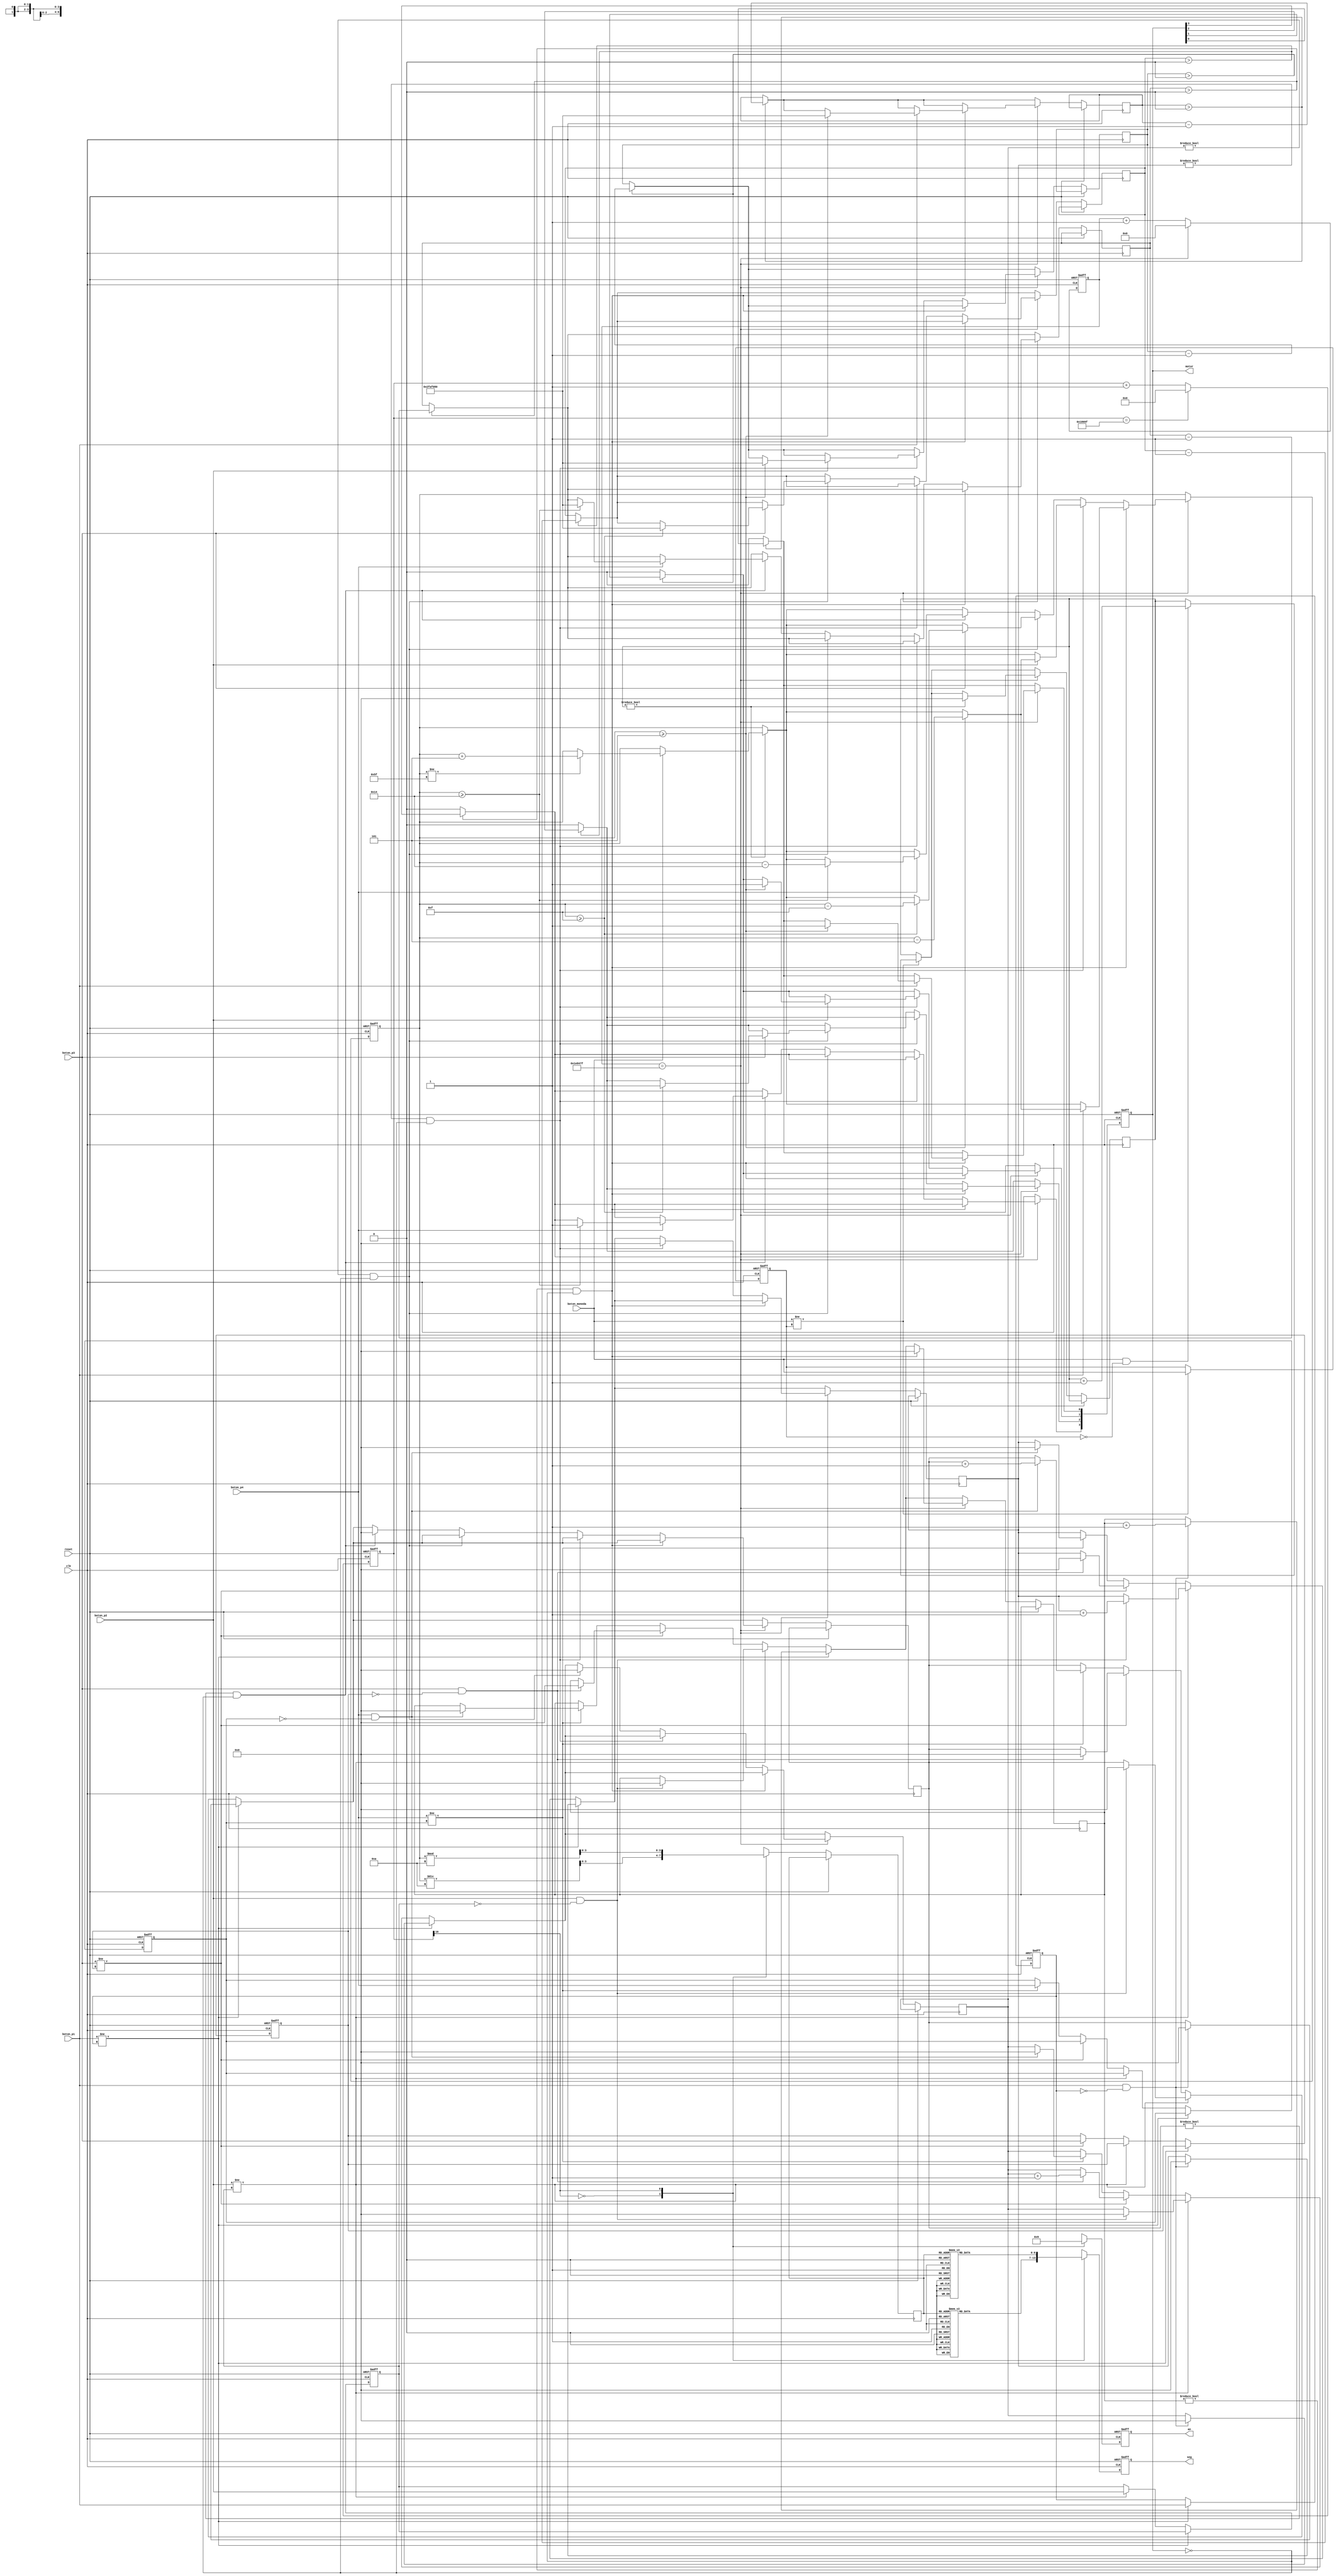
module VendingAlle (
    input wire clk,            // Reloj de entrada (50 MHz)
    input wire reset,			// Seal de reset
    input wire boton_moneda,
	 input wire boton_p1,		
	 input wire boton_p2,
	 input wire boton_p3,
	 input wire boton_p4,
    output reg [6:0] seg,      // Salida para segmentos de los displays
    output reg [1:0] an,        // Seal de anodos para seleccionar el display
	 output reg [3:0] motor
);

reg [25:0] clk_divider;       // Contador para dividir el reloj para segundos
reg [16:0] multiplex_div;     // Contador para multiplexar los displays (ajustado para 500 Hz)
reg [6:0] contador;
reg [7:0] prueba;
reg [7:0] prueba1;
reg [7:0] prueba2;
reg [7:0] prueba3;
reg [7:0] prueba4;
reg [3:0] digit;
reg boton_moneda_prev;               // Estado previo del botn
reg boton_prev_1; 
reg boton_prev_2; 
reg boton_prev_3; 
reg boton_prev_4;
reg [25:0] contador1; // tiempo de activacion del motor
reg [25:0] contador2;
reg [25:0] contador3;
reg [25:0] contador4;


// Contador principal y multiplexor
always @(posedge clk or posedge reset) begin
    if (reset) begin
        clk_divider <= 0;
        multiplex_div <= 0;
        contador <= 0;
        boton_moneda_prev <= 1'b0; // Inicializar el estado previo del botn
		  boton_prev_1 <= 1'b0; // Inicializar el estado previo del botn
		  boton_prev_2 <= 1'b0; // Inicializar el estado previo del botn
		  boton_prev_3 <= 1'b0; // Inicializar el estado previo del botn
		  boton_prev_4 <= 1'b0; // Inicializar el estado previo del botn
		  motor <=0;
    end else begin
        clk_divider <= clk_divider + 1;
        multiplex_div <= multiplex_div + 1;
		  //
		   
		  if (contador1 > 0) begin  // Contar hasta 50 millones para 1 segundo
								contador1 <= contador1 - 1;
							end else begin
								//contador1 <= 0;  // Reiniciar el contador despus de 1 segundo
								motor[0] <= 0;   // Establecer el pin de salida en 0
							end
							
							
			if (contador2 > 0) begin  // Contar hasta 50 millones para 1 segundo
								contador2 <= contador2 - 1;
							end else begin
								//contador1 <= 0;  // Reiniciar el contador despus de 1 segundo
								motor[1] <= 0;   // Establecer el pin de salida en 0
							end
							
			if (contador3 > 0) begin  // Contar hasta 50 millones para 1 segundo
								contador3 <= contador3 - 1;
							end else begin
								//contador1 <= 0;  // Reiniciar el contador despus de 1 segundo
								motor[2] <= 0;   // Establecer el pin de salida en 0
							end
							
			if (contador4 > 0) begin  // Contar hasta 50 millones para 1 segundo
					contador4 <= contador4 - 1;
				end else begin
					//contador1 <= 0;  // Reiniciar el contador despus de 1 segundo
					motor[3] <= 0;   // Establecer el pin de salida en 0
				end
		  //
        if(boton_moneda != boton_moneda_prev) begin
            // Deteccin de flanco ascendente o descendente
            if(boton_moneda && !boton_moneda_prev) begin
                // Flanco ascendente: el botn se ha presionado
                prueba <= prueba + 1;
            end
            boton_moneda_prev <= boton_moneda;
        end
		  
		   if(boton_p1 != boton_prev_1) begin
            // Deteccin de flanco ascendente o descendente
            if(boton_p1 && !boton_prev_1) begin
                // Flanco ascendente: el botn se ha presionado
                prueba1 <= prueba1 + 1;
					 prueba2 <= 0;
					 prueba3 <= 0;
					 prueba4 <= 0;
            end
            boton_prev_1 <= boton_p1;
        end else if(boton_p2 != boton_prev_2) begin
            // Deteccin de flanco ascendente o descendente
            if(boton_p2 && !boton_prev_2) begin
                // Flanco ascendente: el botn se ha presionado
                prueba2 <= prueba2 + 1;
					 prueba1 <= 0;
					 prueba3 <= 0;
					 prueba4 <= 0;
            end
            boton_prev_2 <= boton_p2;
        end else if(boton_p3 != boton_prev_3) begin
            // Deteccin de flanco ascendente o descendente
            if(boton_p3 && !boton_prev_3) begin
                // Flanco ascendente: el botn se ha presionado
                prueba3 <= prueba3 + 1;
					 prueba1 <= 0;
					 prueba2 <= 0;
					 prueba4 <= 0;
            end
            boton_prev_3 <= boton_p3;
        end else if(boton_p4 != boton_prev_4) begin
            // Deteccin de flanco ascendente o descendente
            if(boton_p4 && !boton_prev_4) begin
                // Flanco ascendente: el botn se ha presionado
                prueba4 <= prueba4 + 1;
					 prueba1 <= 0;
					 prueba2 <= 0;
					 prueba3 <= 0;
            end
            boton_prev_4 <= boton_p4;
        end
        
        if (clk_divider == 2000000 - 1) begin
            clk_divider <= 0;
            if (prueba != 0) begin // Cambio
                prueba <= 0;
                if (boton_moneda) begin // Asegura que el contador solo se incremente cuando el botn est presionado
					 
							if(contador !=95) begin 
                    contador <= contador + 5;
						  end
                end
            end
				
				if (prueba1 != 0 && motor==0) begin // Cambio
                prueba1 <= 0;
                if (boton_p1) begin // Asegura que el contador solo se incremente cuando el botn est presionado
					 
							if(contador >= 5) begin 
                    contador <= contador - 5;
						  contador1 <=50000000;
						  motor[0] <= 1;  // Establecer el pin de salida en 1
//							if (contador1 < 50000000) begin  // Contar hasta 50 millones para 1 segundo
//								contador1 <= contador1 + 1;
//								motor[0] <= 1;  // Establecer el pin de salida en 1
//							end else begin
//								contador1 <= 0;  // Reiniciar el contador despus de 1 segundo
//								motor[0] <= 0;   // Establecer el pin de salida en 0
//							end
							
						  end
                end
            end else if (prueba2 != 0 && motor==0) begin // Cambio
                prueba2 <= 0;
					 #2
                if (boton_p2) begin // Asegura que el contador solo se incremente cuando el botn est presionado
					 
							if(contador >= 5) begin 
                    contador <= contador - 5;
						  contador2 <=50000000;
						  motor[1] <= 1;

						  
						  
						  end
                end
            end else if (prueba3 != 0 && motor==0) begin // Cambio
                prueba3 <= 0;
					 #2
                if (boton_p3) begin // Asegura que el contador solo se incremente cuando el botn est presionado
					 
							if(contador >= 15) begin 
                    contador <= contador - 15;
						  contador3 <=50000000;
						  motor[2] <= 1;
						  
						  
						  end
                end
            end else if (prueba4 != 0 && motor==0) begin // Cambio
                prueba4 <= 0;
					 #2
                if (boton_p4) begin // Asegura que el contador solo se incremente cuando el botn est presionado
					 
							if(contador >= 20) begin 
                    contador <= contador - 20;
						  contador4 <=50000000;
						  motor[3] <= 1;
						  end
                end
            end
        end
        if (multiplex_div == 100000 - 1) begin  // Cambia a la siguiente visualizacin cada 100,000 ciclos
            multiplex_div <= 0;
        end
    end
end

// Decodificador de 7 segmentos
function [6:0] decodificar_7segmentos;
    input [3:0] digit;
    case (digit)
        4'd0: decodificar_7segmentos = 7'b0111111;
        4'd1: decodificar_7segmentos = 7'b0000110;
        4'd2: decodificar_7segmentos = 7'b1011011;
        4'd3: decodificar_7segmentos = 7'b1001111;
        4'd4: decodificar_7segmentos = 7'b1100110;
        4'd5: decodificar_7segmentos = 7'b1101101;
        4'd6: decodificar_7segmentos = 7'b1111101;
        4'd7: decodificar_7segmentos = 7'b0000111;
        4'd8: decodificar_7segmentos = 7'b1111111;
        4'd9: decodificar_7segmentos = 7'b1101111;
        default: decodificar_7segmentos = 7'b0000000;  // Todos apagados
    endcase
endfunction

// Mux para controlar los displays
always @(posedge clk or posedge reset) begin
    if (reset) begin
        an <= 2'b00;  // Apaga ambos displays (lgica activa alta)
        seg <= 7'b0000000;  // Apaga todos los segmentos
    end else begin
        // Apaga ambos displays antes de cambiar
        an <= 2'b00;
        seg <= 7'b0000000;
        
        // Espera un pequeo tiempo para asegurar que los displays estn apagados
        #1;

        // Multiplexar displays
        case (multiplex_div[16])  // Cambia el display cada 100,000 ciclos para lograr 500 Hz
            1'b0: begin
                an <= 2'b10;  // Enciende display de las unidades (lgica activa alta)
                digit <= contador / 10;
                seg <= decodificar_7segmentos(digit);  // La lgica de segmentos es directa, no invertida
           end
            1'b1: begin
                an <= 2'b01;  // Enciende display de las decenas (lgica activa alta)
                digit <= contador % 10;
                seg <= decodificar_7segmentos(digit);  // La lgica de segmentos es directa, no invertida
            end
        endcase


    end
end

endmodule